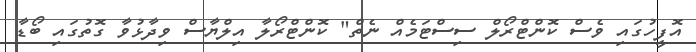
އޮފީހުގައި ވެސް ކޮންޓްރޯލް ސިސްޓަމެއް ނެތް" ކޮންޓްރޯލާ އިލްޔާސް ވިދާޅުވާ ގޮތުގައި ބޯޑާ